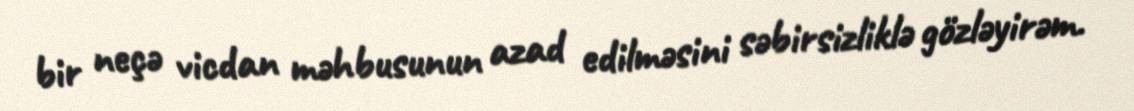
bir neçə vicdan məhbusunun azad edilməsini səbirsizliklə gözləyirəm.